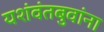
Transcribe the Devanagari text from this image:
यशंवंतबुवांना